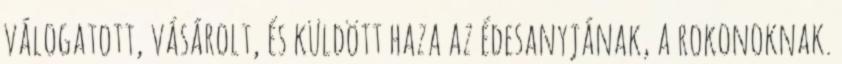
válogatott, vásárolt, és küldött haza az édesanyjának, a rokonoknak.